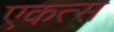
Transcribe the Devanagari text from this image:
एकत्स